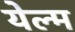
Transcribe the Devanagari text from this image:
येल्म